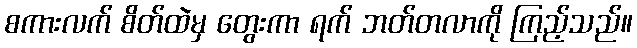
စကားလက် စိတ်ထဲမှ တွေးကာ ရက် ဘတ်တလာကို ကြည့်သည်။